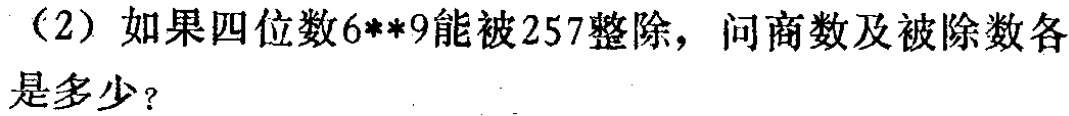
（2）如果四位数\(6**9\)能被\(257\)整除，问商数及被除数各是多少？